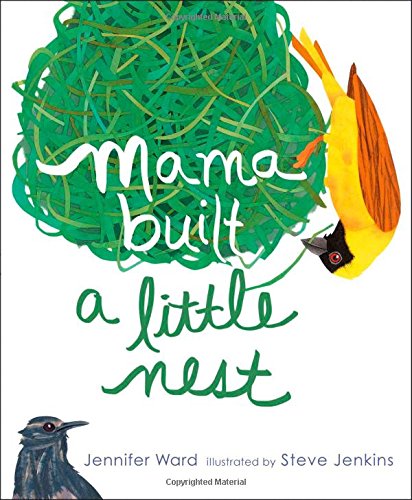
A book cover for Mama Built a Little Nest; Jennifer Ward; Children's Books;